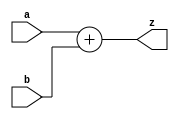
module add(output[15:0] z, input[15:0] a,b);
	assign z=a+b;
endmodule